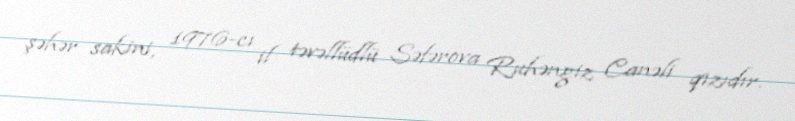
şəhər sakini, 1976-cı il təvəllüdlü Səfərova Ruhəngiz Canəli qızıdır.